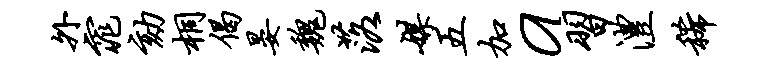
外窕劾桐偈晏魏落媒五加a习澧稀